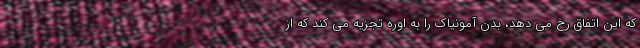
که این اتفاق رخ می دهد، بدن آمونیاک را به اوره تجزیه می کند که از